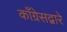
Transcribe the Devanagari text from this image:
काँग्रेसद्वारे